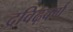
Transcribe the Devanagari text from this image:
द्रविढ़वर्ग